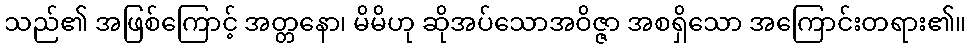
သည်၏ အဖြစ်ကြောင့် အတ္တနော၊ မိမိဟု ဆိုအပ်သောအဝိဇ္ဇာ အစရှိသော အကြောင်းတရား၏။